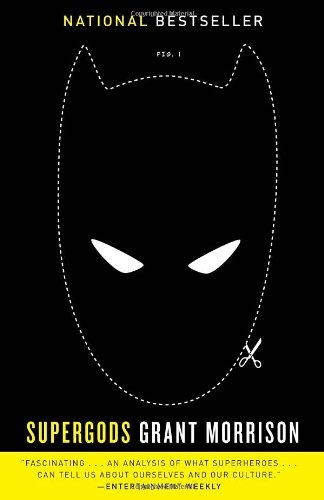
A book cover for Supergods: What Masked Vigilantes, Miraculous Mutants, and a Sun God from Smallville Can Teach Us About Being Human; Grant Morrison; Comics & Graphic Novels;